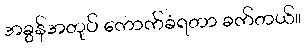
အခွန်အတုပ် ကောက်ခံရတာ ခက်တယ်။